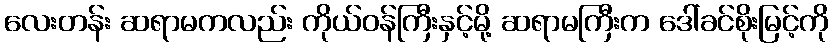
လေးတန်း ဆရာမကလည်း ကိုယ်ဝန်ကြီးနှင့်မို့ ဆရာမကြီးက ဒေါ်ခင်စိုးမြင့်ကို